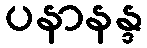
ပနာနန္ဒ